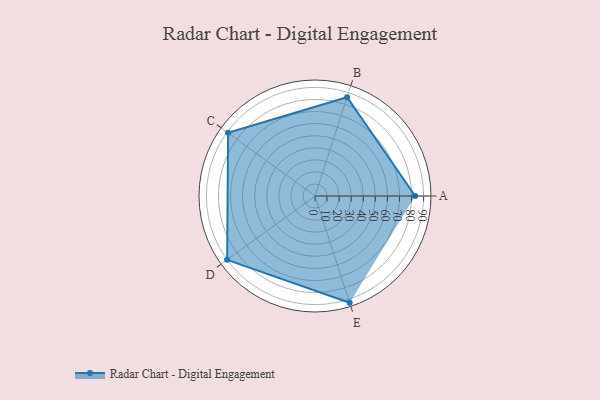
{"axis": {"x": "Skill", "y": "Score"}, "legend": ["Profile"], "data": [{"x": "A", "y": 83.0, "type": "Profile"}, {"x": "B", "y": 86.0, "type": "Profile"}, {"x": "C", "y": 89.0, "type": "Profile"}, {"x": "D", "y": 90.0, "type": "Profile"}, {"x": "E", "y": 93.0, "type": "Profile"}]}